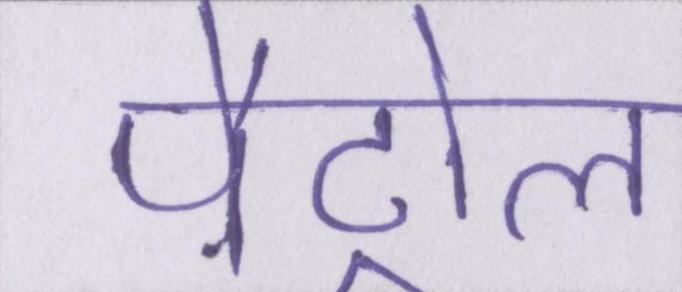
पैट्रोल